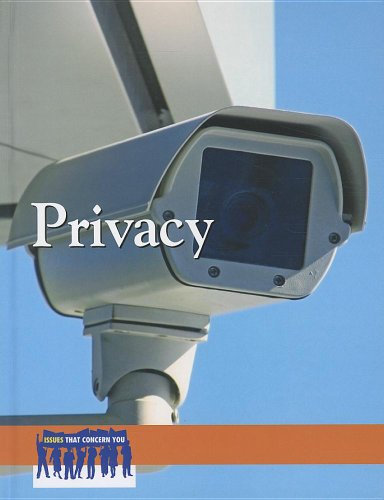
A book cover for Privacy (Issues That Concern You); Tamara L. Roleff; Children's Books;